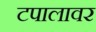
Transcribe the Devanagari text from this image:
टपालावर